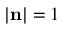
| { \mathbf { n } } | = 1